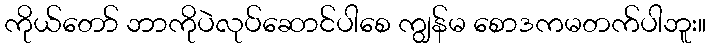
ကိုယ်တော် ဘာကိုပဲလုပ်ဆောင်ပါစေ ကျွန်မ စောဒကမတက်ပါဘူး။